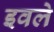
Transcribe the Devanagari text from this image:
इवले